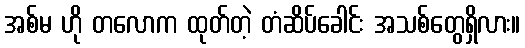
အစ်မ ဟို တလောက ထုတ်တဲ့ တံဆိပ်ခေါင်း အသစ်တွေရှိလား။